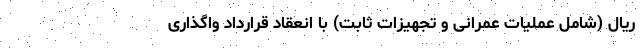
ریال (شامل عملیات عمرانی و تجهیزات ثابت) با انعقاد قرارداد واگذاری